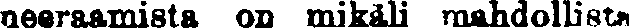
neeraamista on mikäli mahdollista